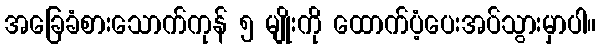
အခြေခံစားသောက်ကုန် ၅ မျိုးကို ထောက်ပံ့ပေးအပ်သွားမှာပါ။